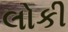
લોકી